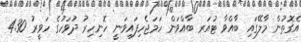
އެގޮތުން މާލޭގައި ބާއްވާ ޓުއަރ ބާއްވަން ހަމަޖެހިފައިވަނީ ހޮނިހިރު ދުވަހުގެ ހަވީރު 4.30